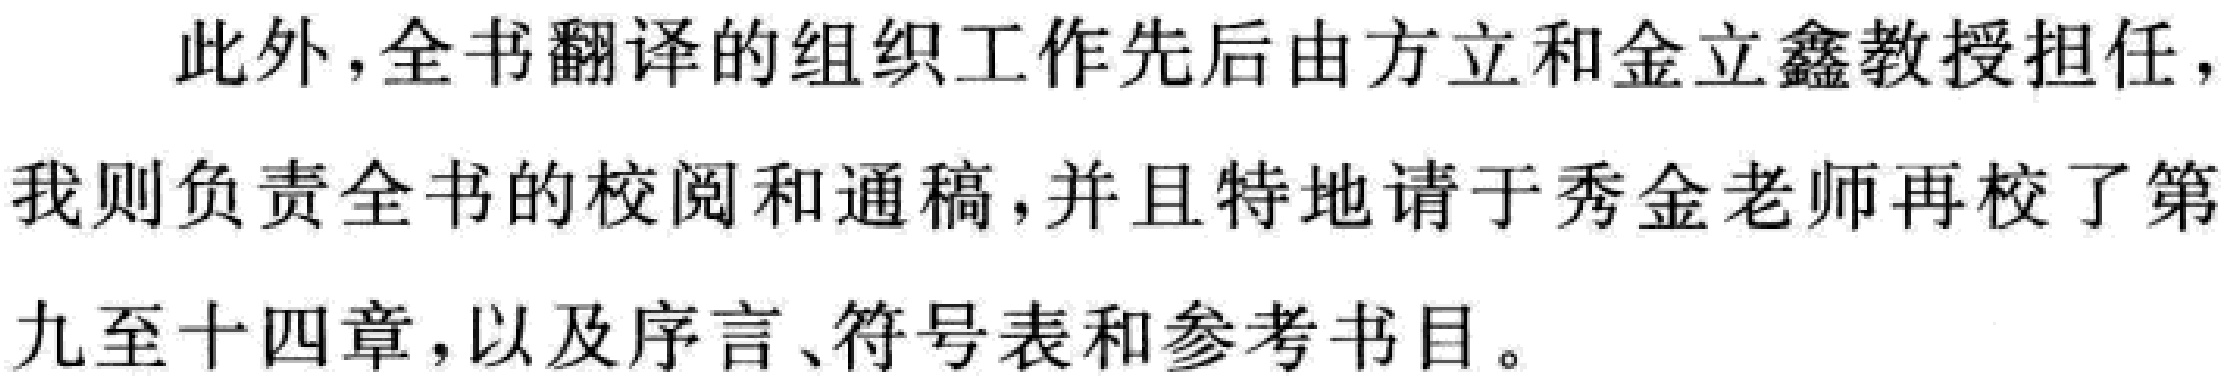
此外，全书翻译的组织工作先后由方立和金立鑫教授担任，我则负责全书的校阅和通稿，并且特地请于秀金老师再校了第九章至十四章，以及序言、符号表和参考书目。